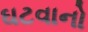
ઘટવાનો